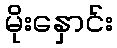
မိုးနှောင်း